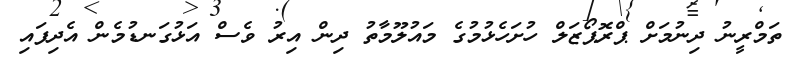
ތަމްރީނު ދިނުމަށް ޕްރޮޕޯޒަލް ހުށަހެޅުމުގެ މައުލޫމާތު ދިން އިރު ވެސް އަޅުގަނޑުމެން އެދިފައި